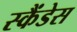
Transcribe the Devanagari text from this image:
स्कैंडेस